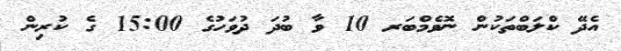
އެދޭ ކްލަބްތަކުން ނޮވެމްބަރ 10 ވާ ބުދަ ދުވަހުގެ 15:00 ގެ ކުރިން